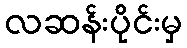
လဆန်းပိုင်းမှ